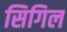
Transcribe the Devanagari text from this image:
सिगिल